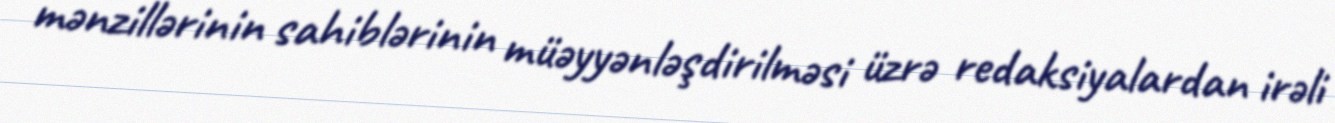
mənzillərinin sahiblərinin müəyyənləşdirilməsi üzrə redaksiyalardan irəli